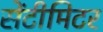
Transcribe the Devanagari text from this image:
सेंटीमिटर